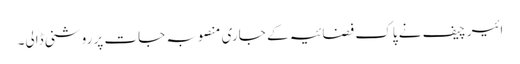
ائیر چیف نے پاک فضائیہ کے جاری منصوبہ جات پر روشنی ڈالی۔